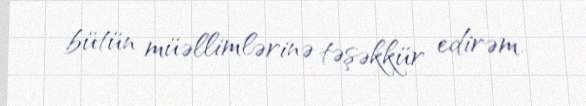
bütün müəllimlərinə təşəkkür edirəm.